Report on sanitation, dispensaries, and jails in Rajputana for 1916, and on vaccination for the year 1916-1917 - 1916-1917
Year: 1916
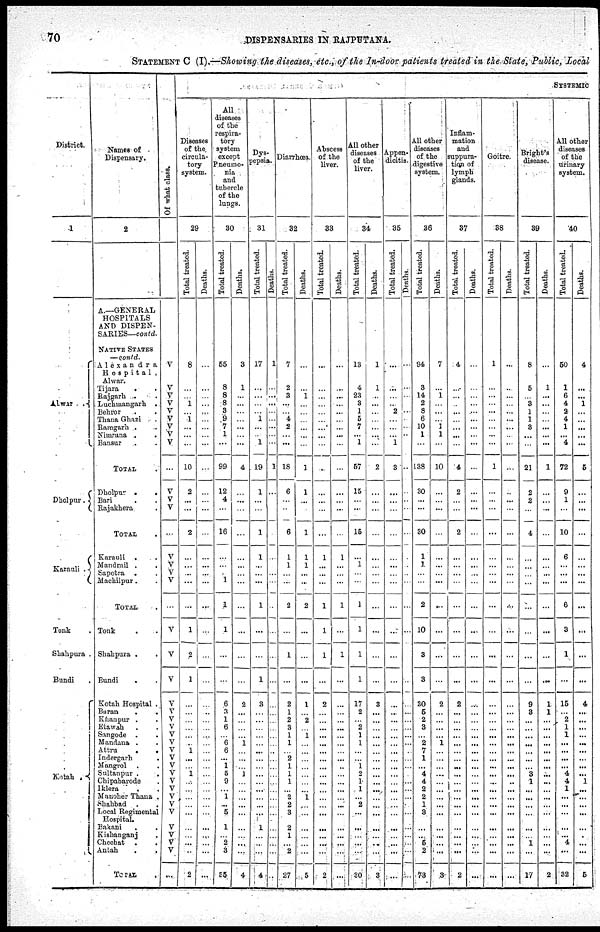
70
DISPENSARIES IN RAJPUTANA.
STATEMENT C (I)—Showing the diseases, etc., of the In-door patients treated in the State, Public, Local
District.
1
Alwar . .
Dholpur .
Karauli .
Tonk .
Shahpura .
Bundi .
Kotah .
Names of
Dispensary.
2
A.—GENERAL
HOSPITALS
AND DISPEN-
SARIES—contd.
NATIVE STATES
—contd.
Alexandra
Hospital,
Alwar.
Tijara
.
.
Rajgarh . .
Luchmangarh .
Behror . .
Thana Ghazi .
Ramgarh .
Nimrana . .
Bansur . .
TOTAL .
Dholpur .
.
Bari . .
Rajakhera .
TOTAL .
Karauli
. .
Mandrail . .
Sapotra . .
Machilpur . .
TOTAL .
Tonk . .
Shahpura . .
Bundi
.
Kotah Hospital .
Baran
. .
Khanpur . .
Etawah . .
Sangode . .
Mandana . .
Attru . .
Indergarh
.
Mangrol . .
Sultanpur .
.
Chipabarode .
Iklera . .
Manoher Thana .
Shahbad
. .
Local Regimental
Hospital.
Bakani . .
Kishanganj .
Chechat
. .
Antah . .
TOTAL .
Of what class.
V
V
V
V
V
V
V
V
V
...
V
V
V
...
V
V
V
V
...
V
V
V
V
V
V
V
V
V
V
V
V
V
V
V
V
V
V
V
V
V
V
...
SYSTEMIC
Diseases
of the
circula-
tory
system.
29
Total treated.
8
...
...
1
...
1
...
...
...
10
2
...
...
2
...
...
...
...
...
1
2
1
...
...
...
...
...
...
1
...
... 1
...
...
...
...
...
...
...
...
...
2
Deaths.
...
...
...
...
...
...
...
...
...
...
...
...
...
...
...
...
...
...
...
...
...
...
...
...
...
...
...
...
...
...
...
...
...
...
...
...
...
...
...
...
...
...
All
diseases
of the
respira-
tory
system
except
Pneumo-
nia
and
tubercle
of the
lungs.
30
Total treated.
55
8
8
8
3
9
7
1
...
99
12
4
...
16
...
...
...
1
1
1
...
...
6
3
1
6
... 6
6
...
1
5
9
...
1
...
5
1
...
2
3
55
Deaths.
3
1
...
...
...
...
...
...
...
4
...
...
...
...
...
...
...
...
...
...
...
...
2
...
...
...
...
1
...
...
... 1
...
...
...
...
...
...
...
...
...
4
Dys-
pepsia.
31
Total treated.
17
...
...
...
...
1
...
...
1
19
1
...
...
1
1
...
...
...
1
...
...
1
3
...
...
...
...
...
...
...
...
...
...
...
...
...
...
1
...
...
...
4
Deaths.
1
...
...
...
...
...
...
...
...
1
...
...
...
...
...
...
...
...
...
...
...
...
...
...
...
...
...
...
...
...
...
...
...
...
...
...
...
...
...
...
...
...
Diarrhœa.
32
Total treated.
7
2
3
...
...
4
2
...
...
18
6
...
...
6
1
1
...
...
2
...
1
...
2
1
2
3
1
1
...
2
1
1
1
...
2
2
3
2
1
...
2
27
Deaths.
...
...
1
...
...
...
...
...
...
1
1
...
...
1
1
1
...
...
2
...
...
...
1
...
2
... 1
...
...
...
...
...
...
...
1
...
...
...
...
...
...
5
Abscess
of the
liver.
33
Total treated.
...
...
...
...
...
...
...
...
...
...
...
...
...
...
1
...
...
...
1
1
1
...
2
...
...
...
...
...
...
...
...
...
...
...
...
...
...
...
...
...
...
2
Deaths.
...
...
...
...
...
...
...
...
...
...
...
...
...
...
1
...
...
...
1
...
1
...
...
...
...
...
...
...
...
...
...
...
...
...
...
...
...
...
...
...
...
...
All other
diseases
of the
liver.
34
Total treated.
13
4
23
3
1
5
7
...
1
57
15
...
...
15
...
1
...
...
1
1
1
1
17
2
...
2
1
1
...
...
1
2
1
1
...
2
...
...
...
...
...
30
Deaths.
1
1
...
...
...
...
...
...
...
2
...
...
...
...
...
...
...
...
...
...
...
...
3
...
...
...
...
...
...
...
...
...
...
...
...
...
...
...
...
...
...
3
Appen-
dicitis.
35
Total treated.
...
...
...
...
2
...
...
...
1
3
...
...
...
...
...
...
...
...
...
...
...
...
...
...
...
...
...
...
...
...
...
...
...
...
...
...
...
...
...
...
...
...
Deaths.
...
...
...
...
...
...
...
...
...
...
...
...
...
...
...
...
...
...
...
...
...
...
...
...
...
...
...
...
...
...
...
...
...
...
...
...
...
...
...
...
...
...
All other
diseases
of the
digestive
system.
36
Total treated.
94
3
14
2
8
6
10
1
...
138
30
...
...
30
1
1
...
...
2
10
3
3
30
5
2
3
...
2
7
1
... 4
4
2
2
1
3
...
...
5
2
73
Deaths.
7
...
1
...
...
...
1
1
...
10
...
...
...
...
...
...
...
...
...
...
...
...
2
...
...
...
...
1
...
...
...
...
...
...
...
...
...
...
...
...
...
3
Inflam-
mation
and
suppura-
tion of
lymph
glands.
37
Total treated.
4
...
...
...
...
...
...
...
...
4
2
...
...
2
...
...
...
...
...
...
...
...
2
...
...
...
...
...
...
...
...
...
...
...
...
...
...
...
...
...
...
2
Deaths.
...
...
...
...
...
...
...
...
...
...
...
...
...
...
...
...
...
...
...
...
...
...
...
...
...
...
...
...
...
...
...
...
...
...
...
...
...
...
...
...
...
...
Goitre.
38
Total treated.
1
...
...
...
...
...
...
...
...
1
...
...
...
...
...
...
...
...
...
...
...
...
...
...
...
...
...
...
...
...
...
...
...
...
...
...
...
...
...
...
...
...
Deaths.
...
...
...
...
...
...
...
...
...
...
...
...
...
...
...
...
...
...
...
...
...
...
...
...
...
...
...
...
...
...
...
...
...
...
...
...
...
...
...
...
...
...
Bright's
disease.
39
Total treated.
8
5
...
3
1
1
3
...
...
21
2
2
...
4
...
...
...
...
...
...
...
...
9
3
...
...
...
...
...
...
... 3
1
...
...
...
...
...
...
1
...
17
Deaths.
...
1
...
...
...
...
...
...
...
1
...
...
...
...
...
...
...
...
...
...
...
...
1
1
...
...
...
...
...
...
...
...
...
...
...
...
...
...
...
...
...
2
All other
diseases
of the
urinary
system.
40
Total treated.
50
1
6
4
2
4
1
...
4
72
9
1
...
10
6
...
...
...
6
3
1
...
15
...
2
1
1
...
...
...
... 4
4
1
...
...
...
...
...
4
...
32
Deaths.
4
...
...
1
...
...
...
...
...
5
...
...
...
...
...
...
...
...
...
...
...
...
4
...
...
...
...
...
...
...
...
...
1
...
...
...
...
...
...
...
...
5